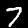
Digit: 7